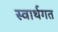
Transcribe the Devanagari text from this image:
स्वार्थगत